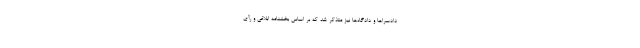
دادسراها و دادگاه‌ها نیز متذکر شد که بر اساس بخشنامه ابلاغی و رأی